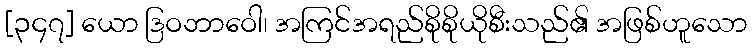
[၃၄၇] ယော ဒြဝဘာဝေါ၊ အကြင်အရည်စိုစိုယိုစီးသည်၏ အဖြစ်ဟူသော